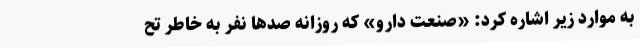
به موارد زیر اشاره کرد: «صنعت دارو» که روزانه صدها نفر به خاطر تح